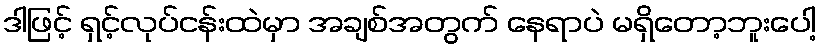
ဒါဖြင့် ရှင့်လုပ်ငန်းထဲမှာ အချစ်အတွက် နေရာပဲ မရှိတော့ဘူးပေါ့